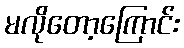
မလိုတော့ကြောင်း